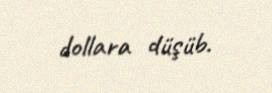
dollara düşüb.